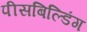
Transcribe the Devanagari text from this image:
पीसबिल्डिंग